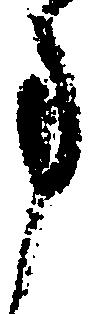
事